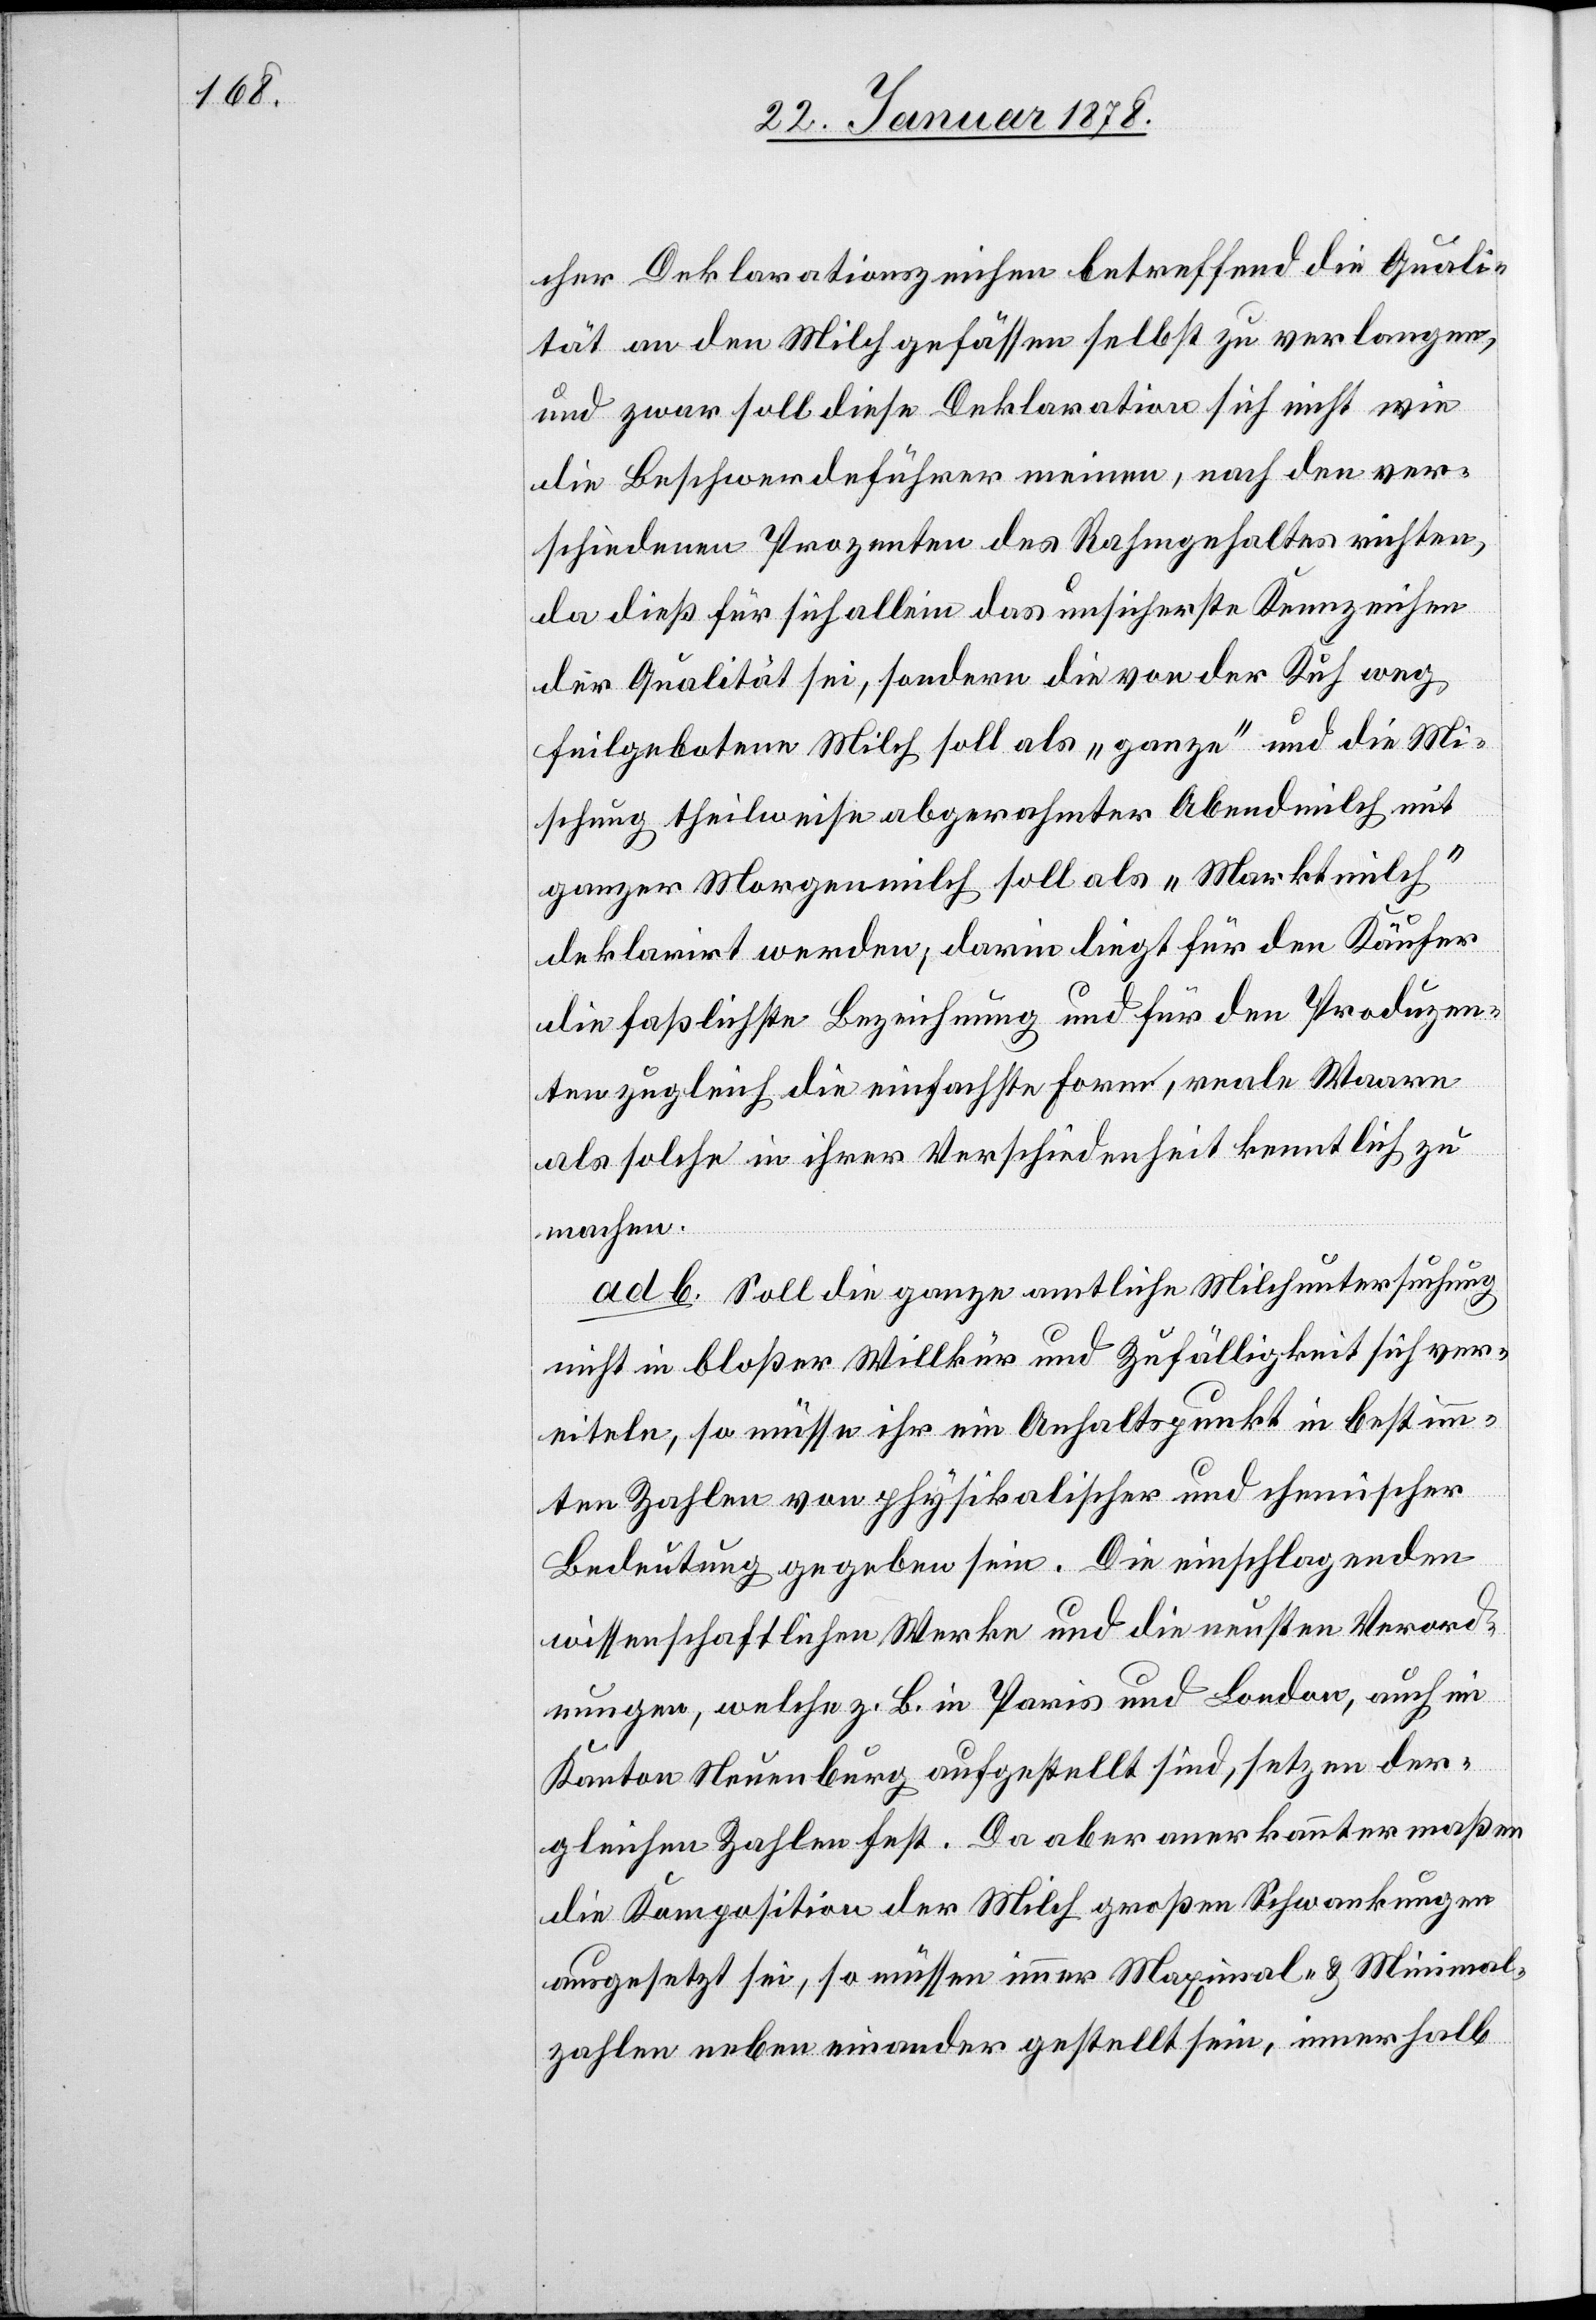
cher Deklarationszeichen betreffend die Quali¬
tät an den Milchgefässen selbst zu verlangen,
und zwar soll diese Deklaration sich nicht wie
die Beschwerdeführer meinen, nach den ver¬
schiedenen Prozenten des Rahmgehaltes richten,
da dieß für sich alleine das unsicherste Kennzeichen
der Qualität sei, sondern die von der Kuh weg
heilgebotene Milch soll als „ganze“ und die Mi¬
schung theilweise abgerahmter Abendmilch mit
ganzer Morgenmilch soll als „Marktmilch“
deklarirt werden; darin liegt für den Käufer
die fasslichste Bezeichnung und für den Produzen¬
ten zugleich die einfachste Form, reale Waare
als solche in ihrer Verschiedenheit kenntlich zu
machen.
ad b. Soll die ganze amtliche Milchuntersuchung
nicht in bloßer Willkür und Zufälligkeit sich ver¬
eiteln, so müsse ihr ein Anhaltspunkt in bestimm¬
ten Zahlen von physikalischer und chemischer
Bedeutung gegeben sein. Die einschlagenden
wissenschaftlichen Werke und die neusten Verord¬
nungen, welche z. B. in Paris und London, auch im
Kanton Neuenburg aufgestellt sind, setzen der¬
gleichen Zahlen fest. Da aber anerkanntermaßen
die Komposition der Milch großen Schwankungen
ausgesetzt sei, so müssen immer Maximal- & Minimal¬
zahlen nebeneinander gestellt sein, innerhalb